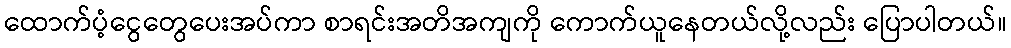
ထောက်ပံ့ငွေတွေပေးအပ်ကာ စာရင်းအတိအကျကို ကောက်ယူနေတယ်လို့လည်း ပြောပါတယ်။